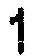
1